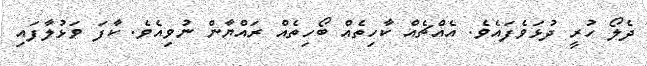
ދެލޯ ހުރީ ދުޅަވެފައެވެ. އެއްޗެއް ކާހިތެއް ބޯހިތެއް ރައްޔާން ނުވިއެވެ. ކާފަ ވަޅުލާފައި